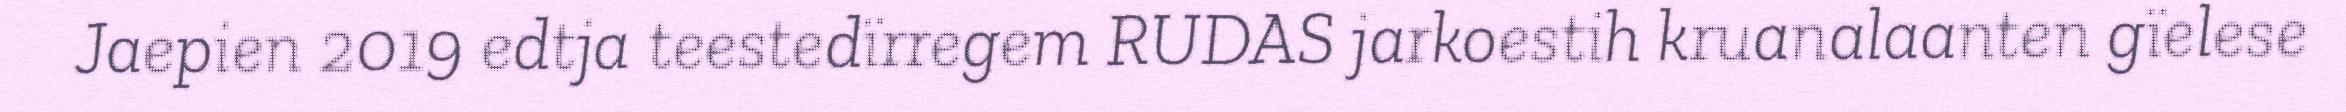
Jaepien 2019 edtja teestedïrregem RUDAS jarkoestih kruanalaanten gïelese